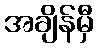
အချိန်မှီ